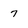
Character: 7